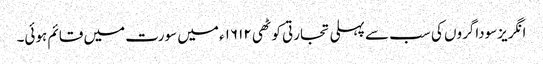
انگریزسوداگروں کی سب سے پہلی تجارتی کوٹھی ۱۶۱۲ء میں سورت میں قائم ہوئی۔